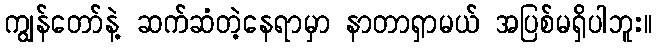
ကျွန်တော်နဲ့ ဆက်ဆံတဲ့နေရာမှာ နာတာရှာမယ် အပြစ်မရှိပါဘူး။